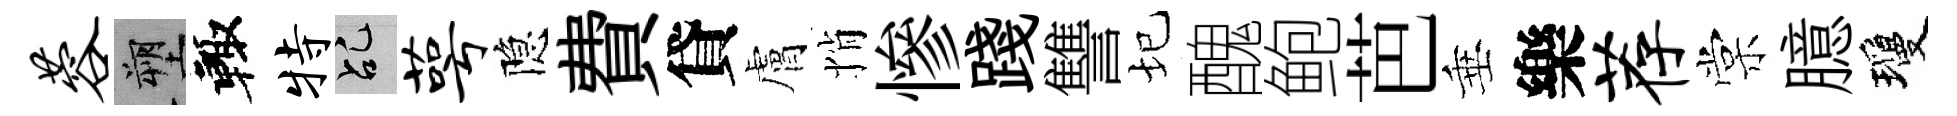
蓉塑輙特乩萼隐費貸膚悄慘踐讐圮醜鲍芭垂樂荐棠臆瓊